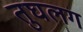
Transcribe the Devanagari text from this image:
तुघलग